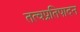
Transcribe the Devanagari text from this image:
तत्वप्रतिपादन